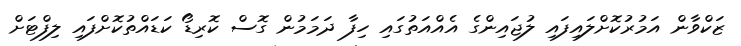
ޒަކްވާން އަމުރުކޮށްލައިފައި ލުޖައިންގެ އެއްއަތުގައި ހިފާ ދަމަމުން ގޮސް ކޮރިޑޯ ކަޑައްތުކޮށްފައި ލިފްޓަށް